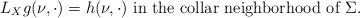
LaTeX: \begin{align*}L_X g (\nu, \cdot) = h(\nu, \cdot) \mbox{ in the collar neighborhood of } \Sigma. \end{align*}